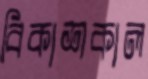
বিকাশকাল